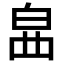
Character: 𤽚